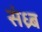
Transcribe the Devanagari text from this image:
संध्र्ब